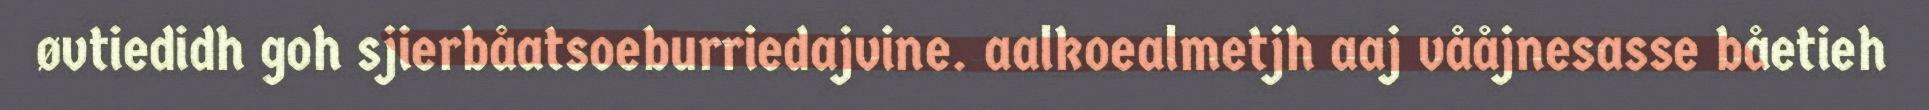
øvtiedidh goh sjierbåatsoeburriedajvine. aalkoealmetjh aaj vååjnesasse båetieh